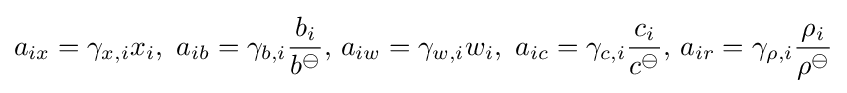
a_{ix}=\gamma _{x,i}x_{i},\ a_{ib}=\gamma _{b,i}{\frac {b_{i}}{b^{\ominus }}},\,a_{iw}=\gamma _{w,i}w_{i},\ a_{ic}=\gamma _{c,i}{\frac {c_{i}}{c^{\ominus }}},\,a_{ir}=\gamma _{\rho ,i}{\frac {\rho _{i}}{\rho ^{\ominus }}}